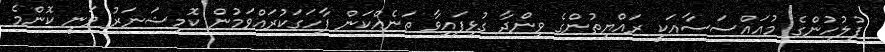
ފުލުހުންގެ މުއައްސަސާއަކީ ރައްޔިތުންގެ ވިންދާ ގުޅިފައިވާ ތަނެއްކަން ފާހަގަކުރައްވަމުން ކޮމިޝަނަރު ވަނީ ކޮންމެ